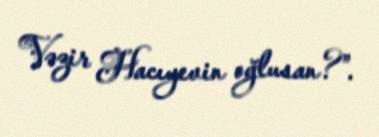
Vəzir Hacıyevin oğlusan?”.